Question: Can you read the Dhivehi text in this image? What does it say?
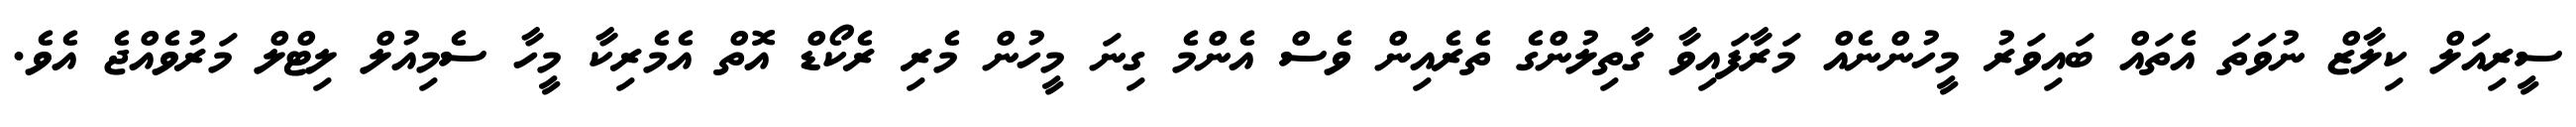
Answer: ސީރިއަލް ކިލާޒް ނުވަތަ އެތައް ބައިވަރު މީހުންނެއް މަރާފައިވާ ގާތިލުންގެ ތެރެއިން ވެސް އެންމެ ގިނަ މީހުން މެރި ރެކޯޑް އޮތް އެމެރިކާ މީހާ ސެމިއުލް ލިޓްލް މަރުވެއްޖެ އެވެ.